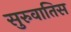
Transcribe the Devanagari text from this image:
सुरुवातिस